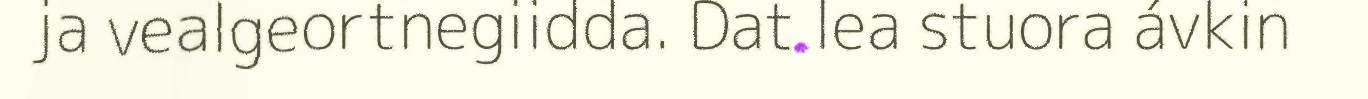
ja vealgeortnegiidda. Dat lea stuora ávkin